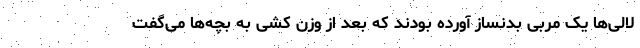
لالی‌ها یک مربی بدنساز آورده بودند که بعد از وزن کشی به بچه‌ها می‌گفت